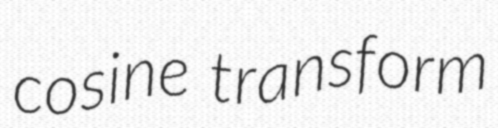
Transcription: cosine transform